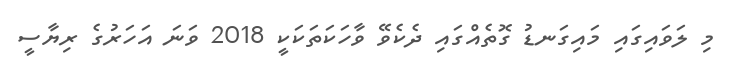
މި ލަވައިގައި މައިގަނޑު ގޮތެއްގައި ދެކެވޭ ވާހަކަތަކަކީ 2018 ވަނަ އަހަރުގެ ރިޔާސީ